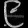
Digit: ၉